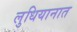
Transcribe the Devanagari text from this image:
लुधियानात